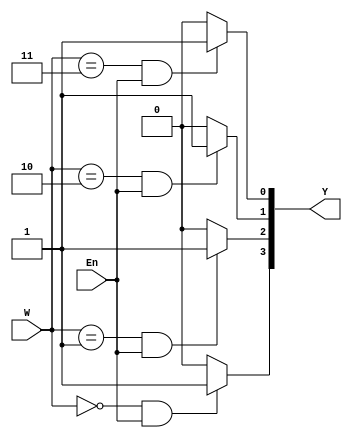
module dec2to4_for_loop (W, Y, En);
    input [1:0] W;
    input En;
    output [0:3] Y;
    reg [0:3] Y;
    integer k;

    always @(W or En)
        for (k = 0; k <= 3; k = k+1)
            if ((W == k) && (En == 1))
                Y[k] = 1;
            else
                Y[k] = 0;

endmodule